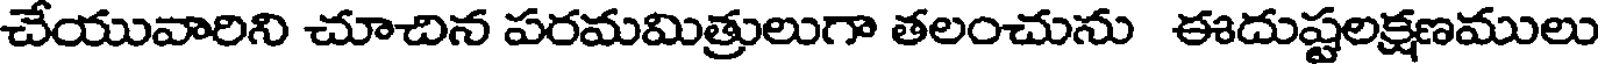
చేయువారిని చూచిన పరమమిత్రులుగా తలంచును ఈదుష్టలక్షణములు